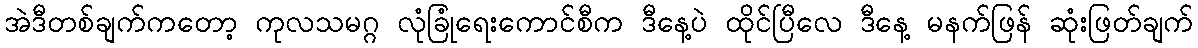
အဲဒီတစ်ချက်ကတော့ ကုလသမဂ္ဂ လုံခြုံရေးကောင်စီက ဒီနေ့ပဲ ထိုင်ပြီလေ ဒီနေ့ မနက်ဖြန် ဆုံးဖြတ်ချက်